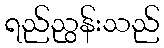
ရည်ညွန်းသည်